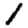
Digit: 1